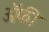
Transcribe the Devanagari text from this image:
अॅफी